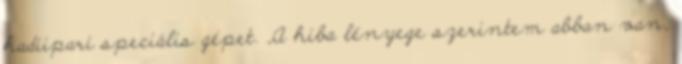
hadiipari speciális gépet. „A hiba lényege szerintem abban van,